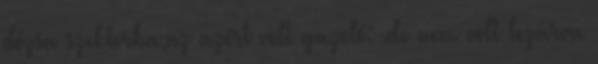
dózsa szektorba,az azért volt gazoló: .de nem volt lezárva